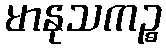
မာနုသကဉ္စ